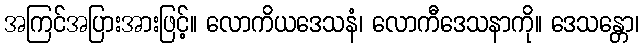
အကြင်အပြားအားဖြင့်။ လောကိယဒေသနံ၊ လောကီဒေသနာကို။ ဒေသန္တော၊